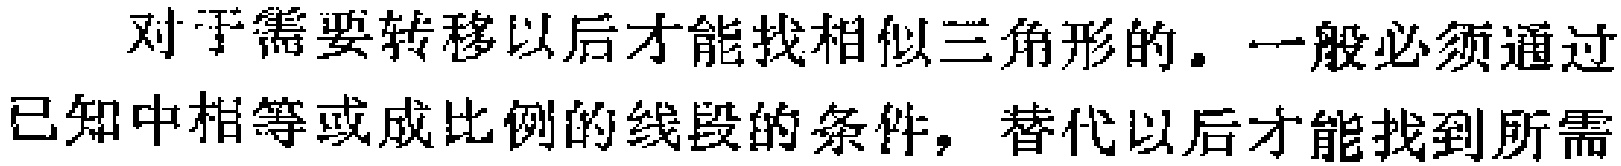
对于需要转移以后才能找相似三角形的。一般必须通过已知中相等或成比例的线段的条件，替代以后才能找到所需